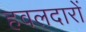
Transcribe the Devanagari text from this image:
हवलदारों